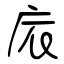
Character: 庡